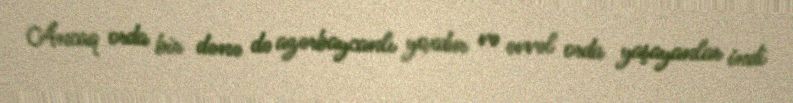
Ancaq orda bir dənə də azərbaycanlı yoxdur və əvvəl orda yaşayanlar indi